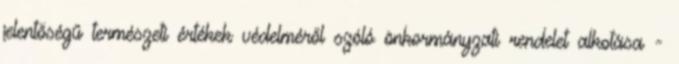
jelentőségű természeti értékek védelméről szóló önkormányzati rendelet alkotása -